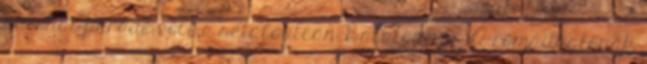
katonai parádé volt a sétálóutcán Balatontipp A római katonák